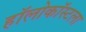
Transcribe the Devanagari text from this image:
हॉलोकॉस्टला